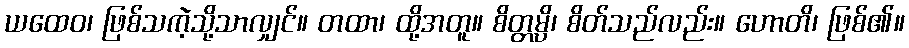
ယထေဝ၊ ဖြစ်သကဲ့သို့သာလျှင်။ တထာ၊ ထို့အတူ။ စိတ္တမ္ပိ၊ စိတ်သည်လည်း။ ဟောတိ၊ ဖြစ်၏။